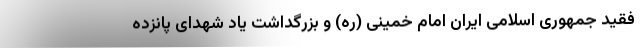
فقید جمهوری اسلامی ایران امام خمینی (ره) و بزرگداشت یاد شهدای پانزده